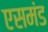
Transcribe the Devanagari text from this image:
एसमंड